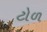
ટોળ